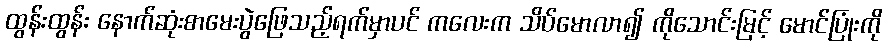
ထွန်းထွန်း နောက်ဆုံးစာမေးပွဲဖြေသည့်ရက်မှာပင် ကလေးက သိပ်မောလာ၍ ကိုသောင်းမြင့် မောင်ပြုံးကို